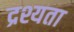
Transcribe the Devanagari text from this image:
द्रश्यता